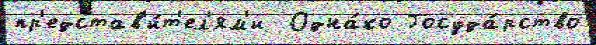
пр'едстав'и́т'ел'ям'и  Одна́ко Госуда́рство